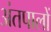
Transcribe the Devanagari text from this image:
अंतपालों